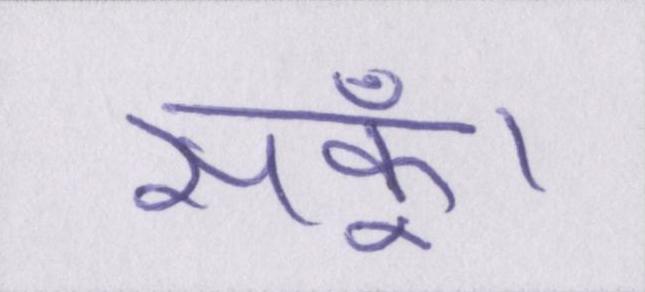
सकूँ।